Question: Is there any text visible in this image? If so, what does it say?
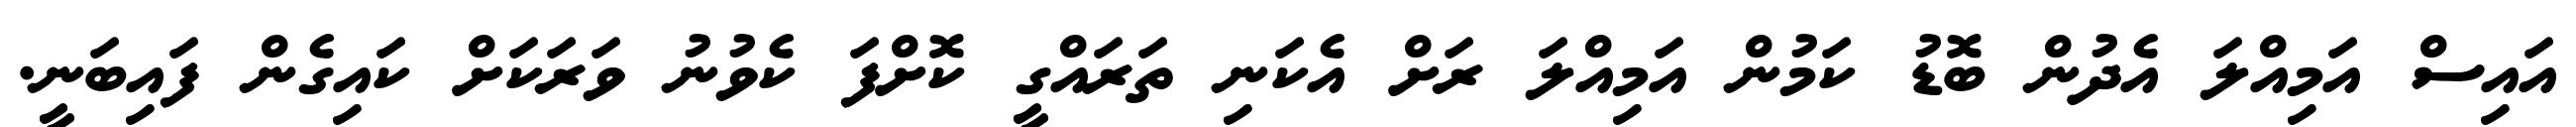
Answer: އައިސް އަމިއްލަ އެދުން ބޮޑު ކަމުން އަމިއްލަ ރަށް އެކަނި ތަރައްގީ ކޮށްފަ ކެވުނު ވަރަކަށް ކައިގެން ފައިބަނީ.